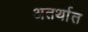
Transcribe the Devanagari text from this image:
अतर्थात